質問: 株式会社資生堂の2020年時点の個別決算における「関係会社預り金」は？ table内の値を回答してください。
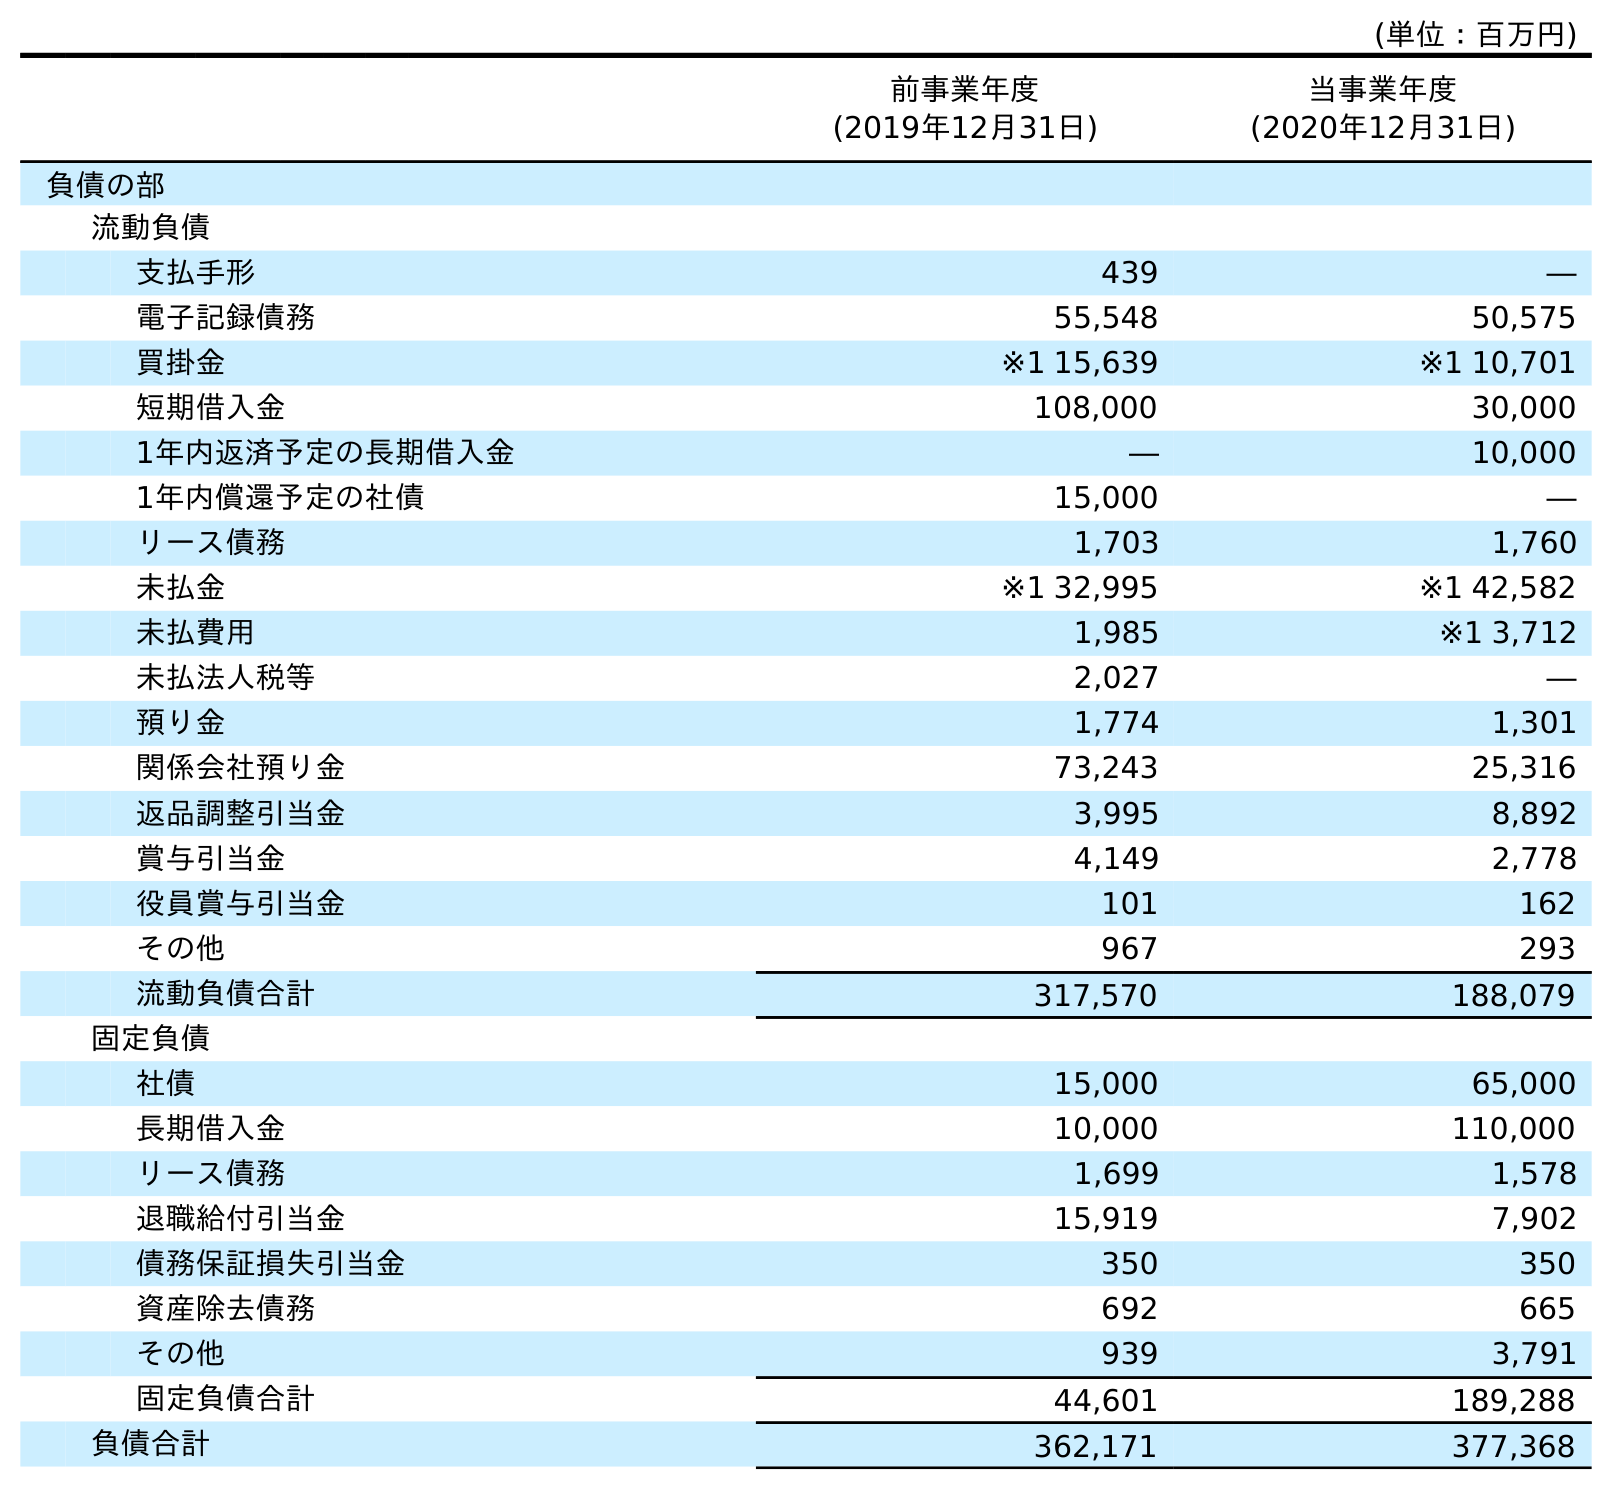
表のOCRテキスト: (単位：百万円) 前事業年度 (2019年12月31日) 当事業年度 (2020年12月31日) 負債の部 流動負債 支払手形 439 ― 電子記録債務 55,548 50,575 買掛金 ※1 15,639 ※1 10,701 短期借入金 108,000 30,000 1年内返済予定の長期借入金 ― 10,000 1年内償還予定の社債 15,000 ― リース債務 1,703 1,760 未払金 ※1 32,995 ※1 42,582 未払費用 1,985 ※1 3,712 未払法人税等 2,027 ― 預り金 1,774 1,301 関係会社預り金 73,243 25,316 返品調整引当金 3,995 8,892 賞与引当金 4,149 2,778 役員賞与引当金 101 162 その他 967 293 流動負債合計 317,570 188,079 固定負債 社債 15,000 65,000 長期借入金 10,000 110,000 リース債務 1,699 1,578 退職給付引当金 15,919 7,902 債務保証損失引当金 350 350 資産除去債務 692 665 その他 939 3,791 固定負債合計 44,601 189,288 負債合計 362,171 377,368
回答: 25,316